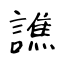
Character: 譙